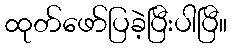
ထုတ်ဖော်ပြခဲ့ပြီးပါပြီ။